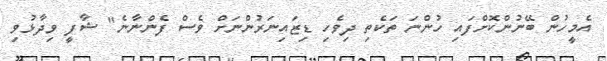
އެމީހުން ބޭނުންކޮށްފައި ހުންނަ ތަކެތި ދިވެހި ޑިޒައިނަރުންނަށް ވެސް ފެންނާނެ" ޝާފީ ވިދާޅުވި